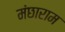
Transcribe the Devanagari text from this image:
मंछाराम